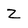
Character: z